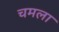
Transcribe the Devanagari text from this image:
चमला